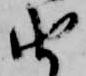
由